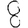
Digit: 8